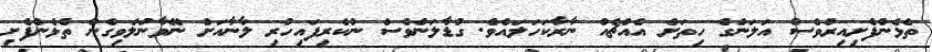
ތެޅެންފެށިއިރުވެސް އަލަންގެ ހިތަށް އެއްޗެއް ނާރާކަހަލައެވެ. ގުޑާލަންވެސް ނުކެރިފައިހުރި ލާނާއަށް ނޭވާނުލެވިގެން ތެޅެންފެށި